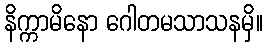
နိက္ကာမိနော ဂေါတမသာသနမှိ။